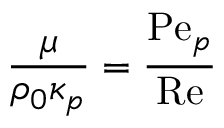
\frac { \mu } { \rho _ { 0 } \kappa _ { p } } = \frac { \mathrm { P e } _ { p } } { \mathrm { R e } }